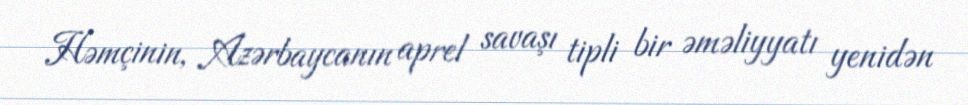
Həmçinin, Azərbaycanın aprel savaşı tipli bir əməliyyatı yenidən